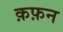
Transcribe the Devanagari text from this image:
क़फ़न